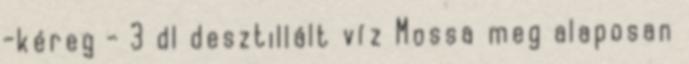
-kéreg - 3 dl desztillált víz Mossa meg alaposan